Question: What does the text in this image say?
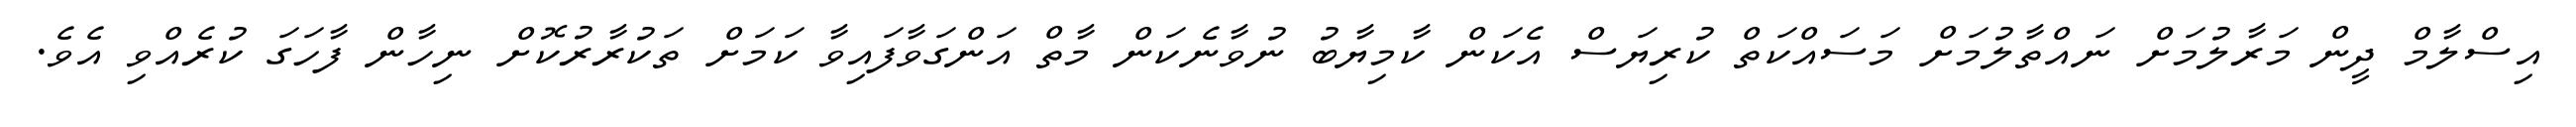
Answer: އިސްލާމް ދީން މަރާލުމަށް ނައްތާލުމަށް މަސައްކަތް ކުރިޔަސް އެކަން ކާމިޔާބު ނުވާނެކަން މާތް އަންގަވާފައިވާ ކަމަށް ތަކުރާރުކޮށް ނިހާން ފާހަގަ ކުރެއްވި އެވެ.